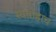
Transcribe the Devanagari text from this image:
स्वताहाच